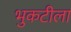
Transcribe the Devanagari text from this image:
भुकटीला